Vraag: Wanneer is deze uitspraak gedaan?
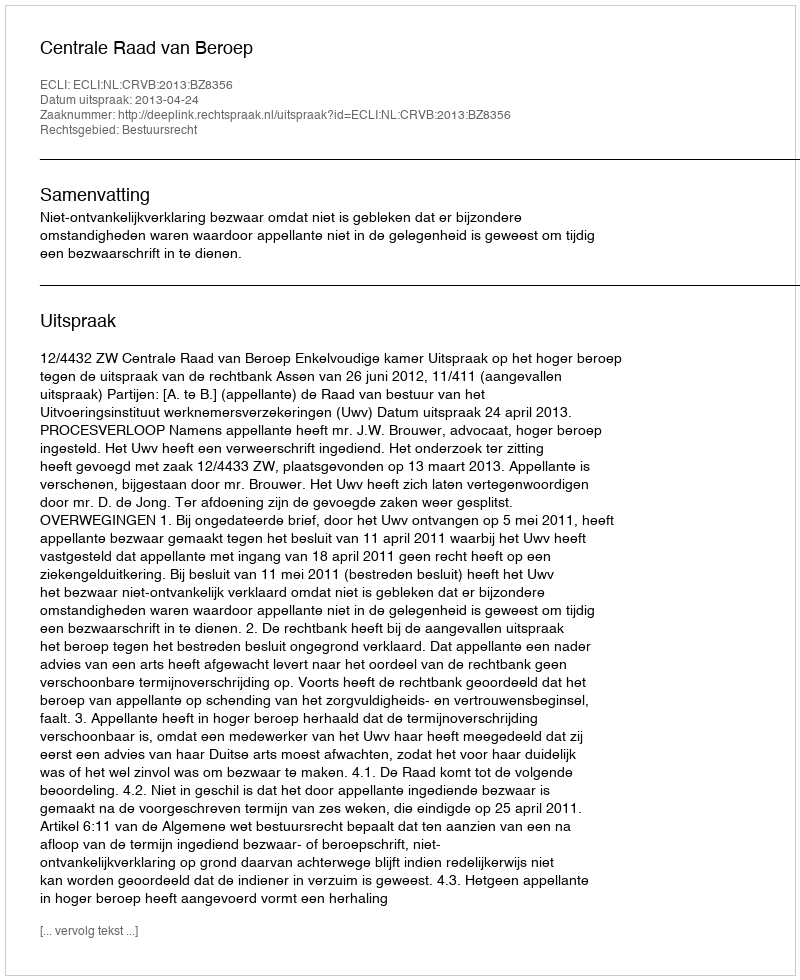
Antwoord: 2013-04-24